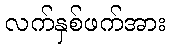
လက်နှစ်ဖက်အား